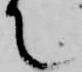
て